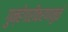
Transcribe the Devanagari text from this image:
गुन्हेगारीकरणामुळे